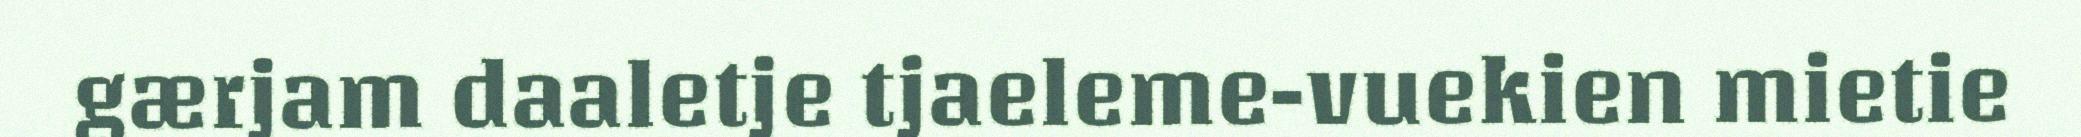
gærjam daaletje tjaeleme-vuekien mietie